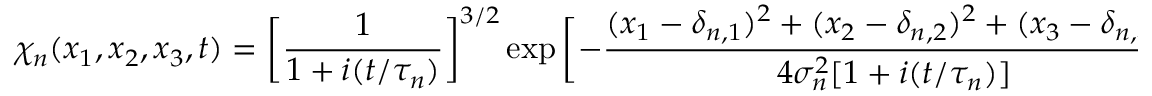
\chi _ { n } ( x _ { 1 } , x _ { 2 } , x _ { 3 } , t ) = \bigg [ \frac { 1 } { 1 + i ( t / \tau _ { n } ) } \bigg ] ^ { 3 / 2 } \exp \bigg [ - \frac { ( x _ { 1 } - \delta _ { n , 1 } ) ^ { 2 } + ( x _ { 2 } - \delta _ { n , 2 } ) ^ { 2 } + ( x _ { 3 } - \delta _ { n , 3 } ) ^ { 2 } } { 4 \sigma _ { n } ^ { 2 } [ 1 + i ( t / \tau _ { n } ) ] } \bigg ] ,